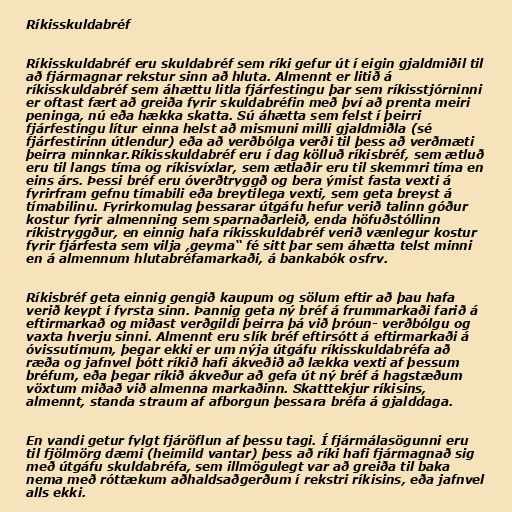
Ríkisskuldabréf

Ríkisskuldabréf eru skuldabréf sem ríki gefur út í eigin gjaldmiðil til
að fjármagnar rekstur sinn að hluta. Almennt er litið á
ríkisskuldabréf sem áhættu litla fjárfestingu þar sem ríkisstjórninni
er oftast fært að greiða fyrir skuldabréfin með því að prenta meiri
peninga, nú eða hækka skatta. Sú áhætta sem felst í þeirri
fjárfestingu lítur einna helst að mismuni milli gjaldmiðla (sé
fjárfestirinn útlendur) eða að verðbólga verði til þess að verðmæti
þeirra minnkar.Ríkisskuldabréf eru í dag kölluð ríkisbréf, sem ætluð
eru til langs tíma og ríkisvíxlar, sem ætlaðir eru til skemmri tíma en
eins árs. Þessi bréf eru óverðtryggð og bera ýmist fasta vexti á
fyrirfram gefnu tímabili eða breytilega vexti, sem geta breyst á
tímabilinu. Fyrirkomulag þessarar útgáfu hefur verið talinn góður
kostur fyrir almenning sem sparnaðarleið, enda höfuðstóllinn
ríkistryggður, en einnig hafa ríkisskuldabréf verið vænlegur kostur
fyrir fjárfesta sem vilja ,geyma“ fé sitt þar sem áhætta telst minni
en á almennum hlutabréfamarkaði, á bankabók osfrv.

Ríkisbréf geta einnig gengið kaupum og sölum eftir að þau hafa
verið keypt í fyrsta sinn. Þannig geta ný bréf á frummarkaði farið á
eftirmarkað og miðast verðgildi þeirra þá við þróun- verðbólgu og
vaxta hverju sinni. Almennt eru slík bréf eftirsótt á eftirmarkaði á
óvissutímum, þegar ekki er um nýja útgáfu ríkisskuldabréfa að
ræða og jafnvel þótt ríkið hafi ákveðið að lækka vexti af þessum
bréfum, eða þegar ríkið ákveður að gefa út ný bréf á hagstæðum
vöxtum miðað við almenna markaðinn. Skatttekjur ríkisins,
almennt, standa straum af afborgun þessara bréfa á gjalddaga.

En vandi getur fylgt fjáröflun af þessu tagi. Í fjármálasögunni eru
til fjölmörg dæmi (heimild vantar) þess að ríki hafi fjármagnað sig
með útgáfu skuldabréfa, sem illmögulegt var að greiða til baka
nema með róttækum aðhaldsaðgerðum í rekstri ríkisins, eða jafnvel
alls ekki.